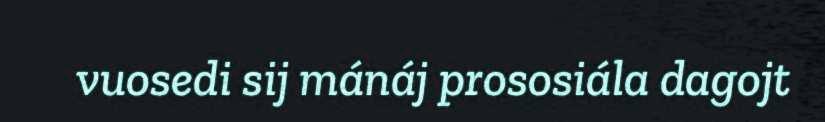
vuosedi sij mánáj prososiála dagojt